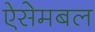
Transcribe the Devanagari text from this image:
ऐसेमबल